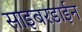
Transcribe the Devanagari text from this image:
साइबरडाईन